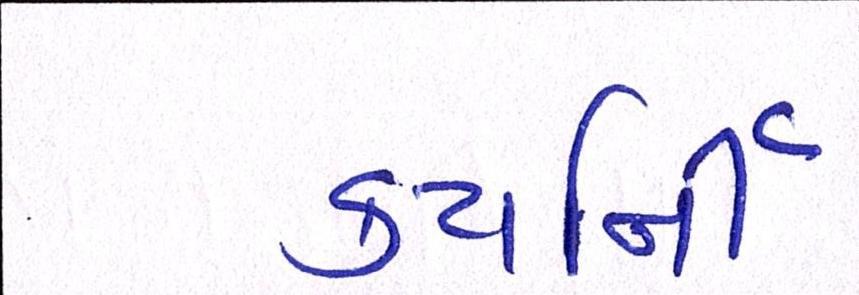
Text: કયર્નિી